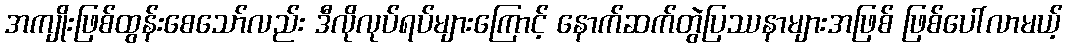
အကျိုးဖြစ်ထွန်းစေသော်လည်း ဒီလိုလုပ်ရပ်များကြောင့် နောက်ဆက်တွဲပြဿနာများအဖြစ် ဖြစ်ပေါ်လာမယ့်